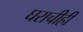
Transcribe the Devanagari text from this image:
घराचीही